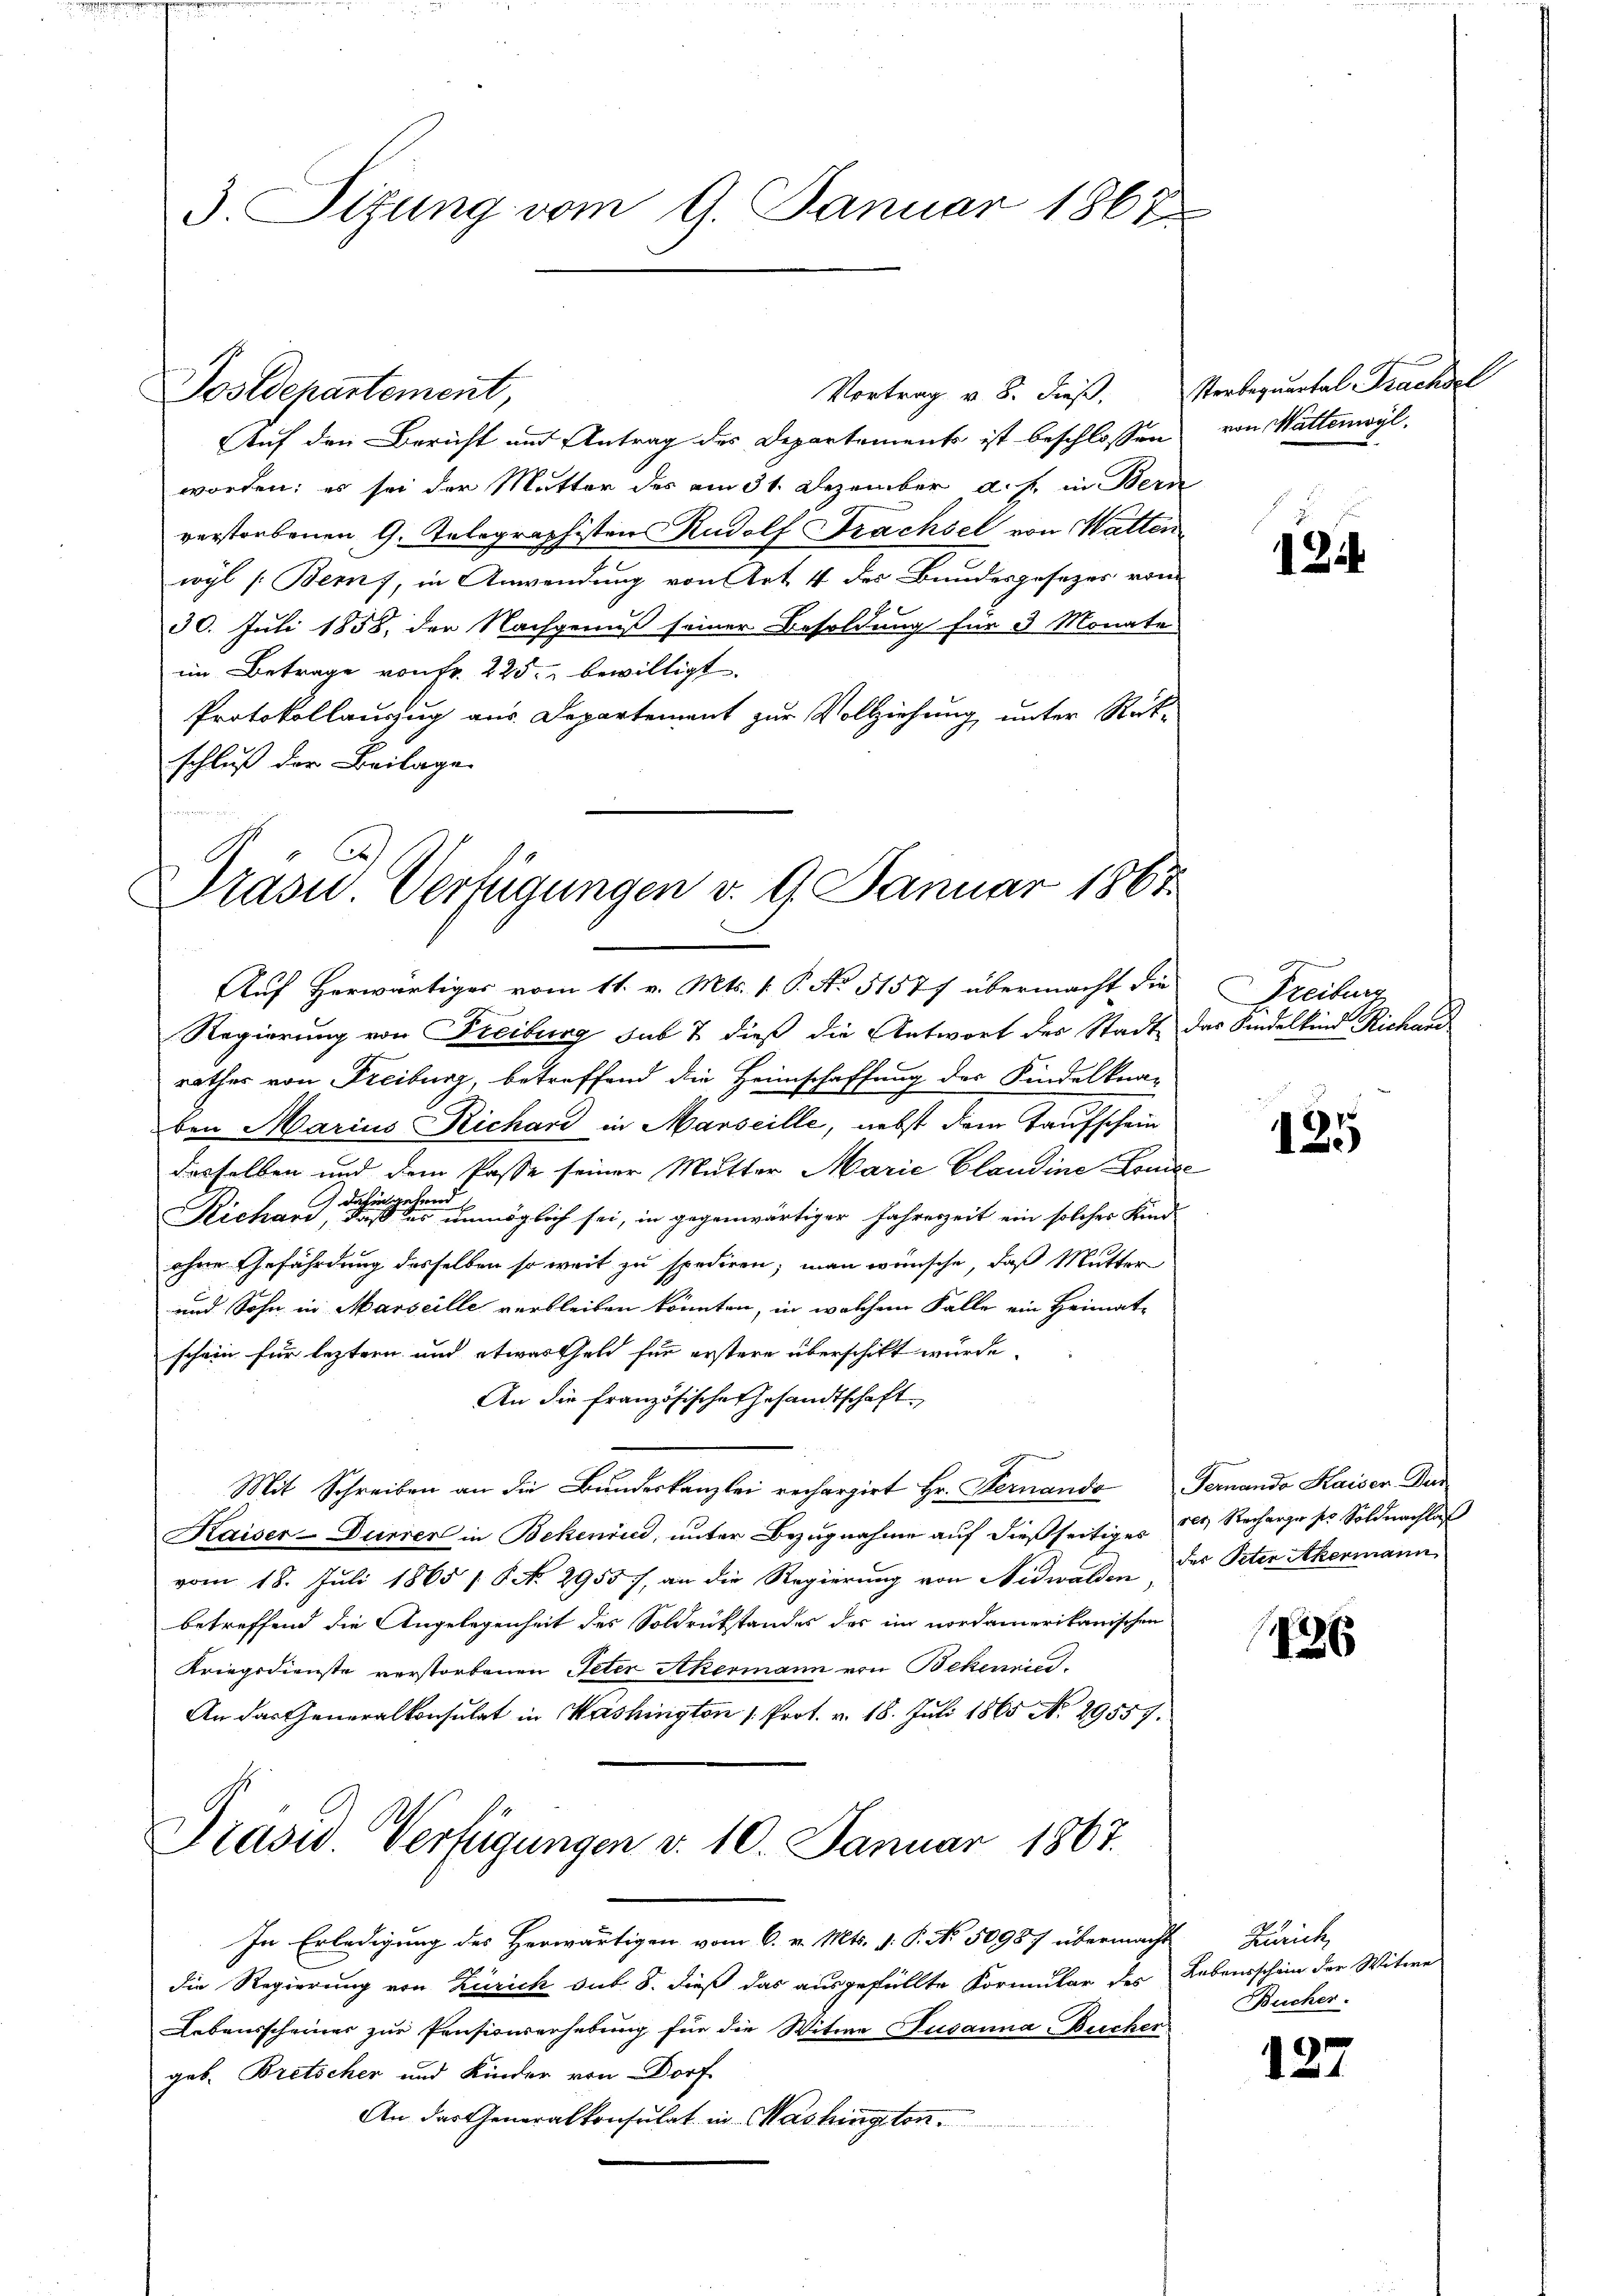
3. Sitzung vom 9. Januar 1867

Auf den Bericht und Antrag des Departements ist beschlossen
worden; es sei der Mutter des am 31. Dezember a. f. in Bern
verstorbenen G. Telegraphisten Rudolf Trachsel von Watten
wyl (Berns, in Anwendung von Art. 4 des Bundesgesezes vom
30. Juli 1858, der Nachgenuß seiner Besoldung für 3 Monate
im Betrage von Fr. 225. bewilligt.
Protokollauszug aus Departement zur Vollziehung unter Rük-
schluß der Beilage

Postdepartement,

Präsid.. Verfügungen v. 9. Januar 1867

Auf Herwärtiges vom 11. v. Mts. f. P. No 51577 übermacht die
Regierung von Freiburg sub 7 dieß die Antwort des Stadt-
rathes von Freiburg, betreffend die Heimschaffung des Kindelkna-
ben Marius Richard in Marseille, nebst dem Taufschein
desselben und dem Pässe seiner Mutter Marie Claudine Kom
Richard eine einen möglich sei, in gegenwärtiger Jahreszeit ein solches Kind
ohne Gefährdung desselben so weit zu spediren; man wünsche, daß Mutter
und Sohn in Marseille verbleiben könnten, in welchem Falle ein Heimat-
schein für leztern und etwas Geld für erstere überschikt würde.
An die französische Gesandtschaft
Mit Schreiben an die Bundeskanzlei rechargirt Hr. Sternando
Kaiser-Durrer in Bekenius, unter Bezugnahme auf dießseitiges
vom 18. Juli 1865 / No. 2955/, an die Regierung von Nidwalden,
betreffend die Angelegenheit des Soldrückstandes der im nordamerikanischen
Kriegsdienste verstorbenen Peter Akermann von Bekenric
An das Generalkonsulat in Washington 1. Prot. v. 18. Juli 1865 No 29557.
Pravid Verfügungen d. 10. Januar 1867.
In Erledigung des Herwärtigen vom 6. v. Mts. v. P. No. 50987 übermacht Zürich
die Regierung von Zürich sub. 8. dieß das ausgefüllte Kormular des
Lebensscheines zur Pensisierhebung für die Witwe Susanna Bucher
geb. Bretscher und Kinder von Dorf
An das Generalkonsulat in Washington.

Vortrag u. 8. dieβ. Sterbequental Trachsel

von Wattenwyl.

1

Freiburg
das Kindelkind Richaus

125

Feruando Kaiser. Dur
res Recharge ser Soldnachlaß
des Peter Akermann

e

126

Lebensschein der Witwe
Bucher.

127